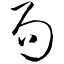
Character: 局